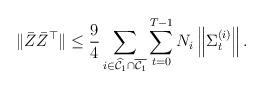
LaTeX: \begin{align*}\|\bar{Z}\bar{Z}^\top\| \leq \frac{9}{4}\sum_{i \in \widehat{\mathcal{C}}_1 \cap \overline{\mathcal{C}_1}} \sum_{t=0}^{T-1}N_i \left\|\Sigma_{t}^{(i)}\right\|.\end{align*}